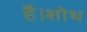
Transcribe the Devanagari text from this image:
है।शोथ